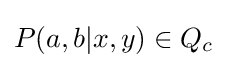
P(a,b|x,y)\in Q_{c}